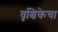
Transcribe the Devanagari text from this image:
वृश्चिकेचा